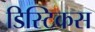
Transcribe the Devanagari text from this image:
डिस्टिकस